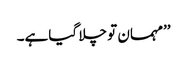
’’مہمان تو چلا گیاہے۔